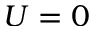
U = 0